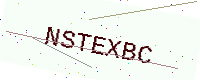
Text: NSTEXBC